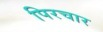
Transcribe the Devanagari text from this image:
पिरचार